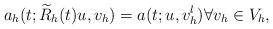
LaTeX: \begin{align*} a_h(t;\widetilde{R}_h(t) u, v_h) = a(t;u,v_h^l) \forall v_h \in V_h,\end{align*}